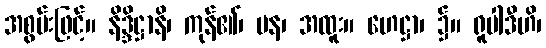
အစွမ်းဖြင့်။ နိဒ္ဒိဋ္ဌာနိ၊ ကုန်၏၊ ပန၊ အထူး။ ဟေဋ္ဌာ၊ ၌။ ရူပါဒီဟိ၊